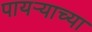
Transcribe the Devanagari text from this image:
पायऱ्याच्या